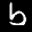
Label: 6